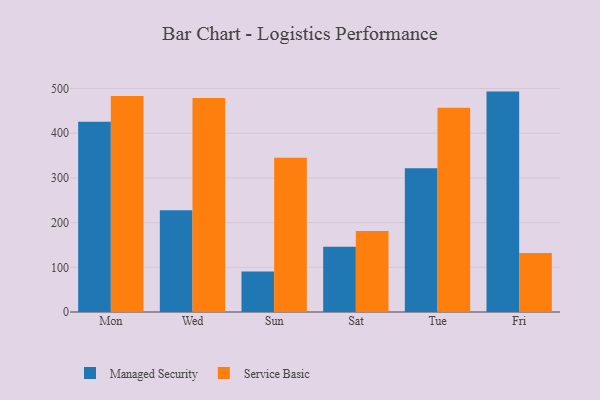
{"axis": {"x": "Day", "y": "Temperature (°C)"}, "legend": ["Managed Security", "Service Basic"], "data": [{"x": "Mon", "y": 425.8, "type": "Managed Security"}, {"x": "Mon", "y": 483.2, "type": "Service Basic"}, {"x": "Wed", "y": 227.7, "type": "Managed Security"}, {"x": "Wed", "y": 478.7, "type": "Service Basic"}, {"x": "Sun", "y": 90.6, "type": "Managed Security"}, {"x": "Sun", "y": 344.9, "type": "Service Basic"}, {"x": "Sat", "y": 145.9, "type": "Managed Security"}, {"x": "Sat", "y": 181.3, "type": "Service Basic"}, {"x": "Tue", "y": 321.5, "type": "Managed Security"}, {"x": "Tue", "y": 456.7, "type": "Service Basic"}, {"x": "Fri", "y": 493.1, "type": "Managed Security"}, {"x": "Fri", "y": 132.0, "type": "Service Basic"}]}